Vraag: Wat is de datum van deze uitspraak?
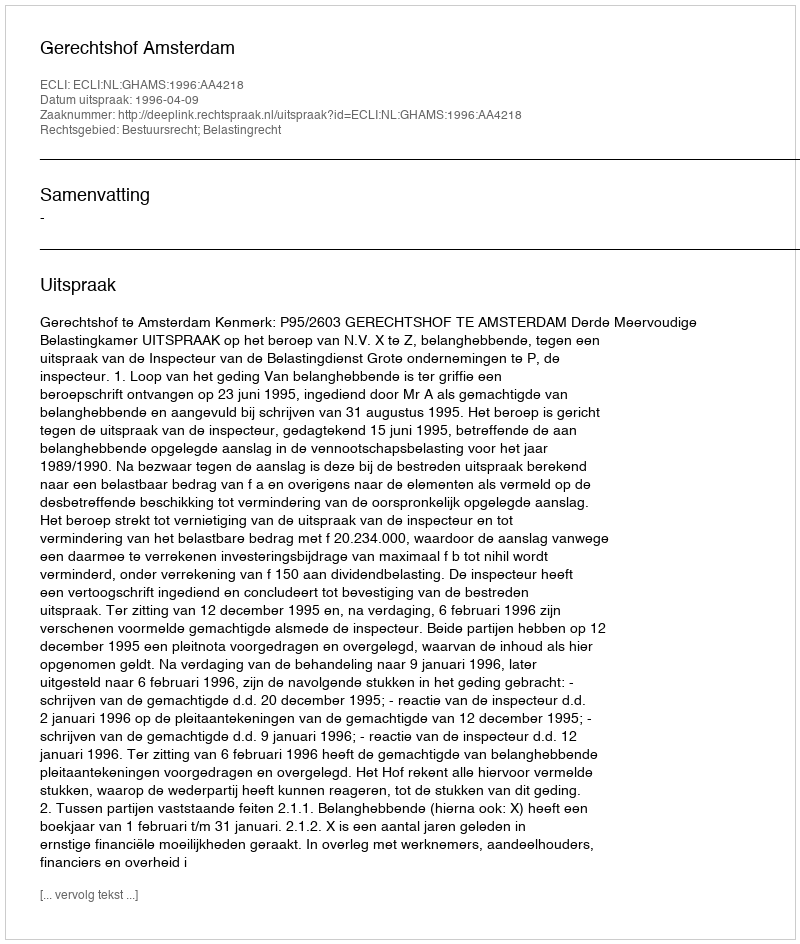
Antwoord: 1996-04-09